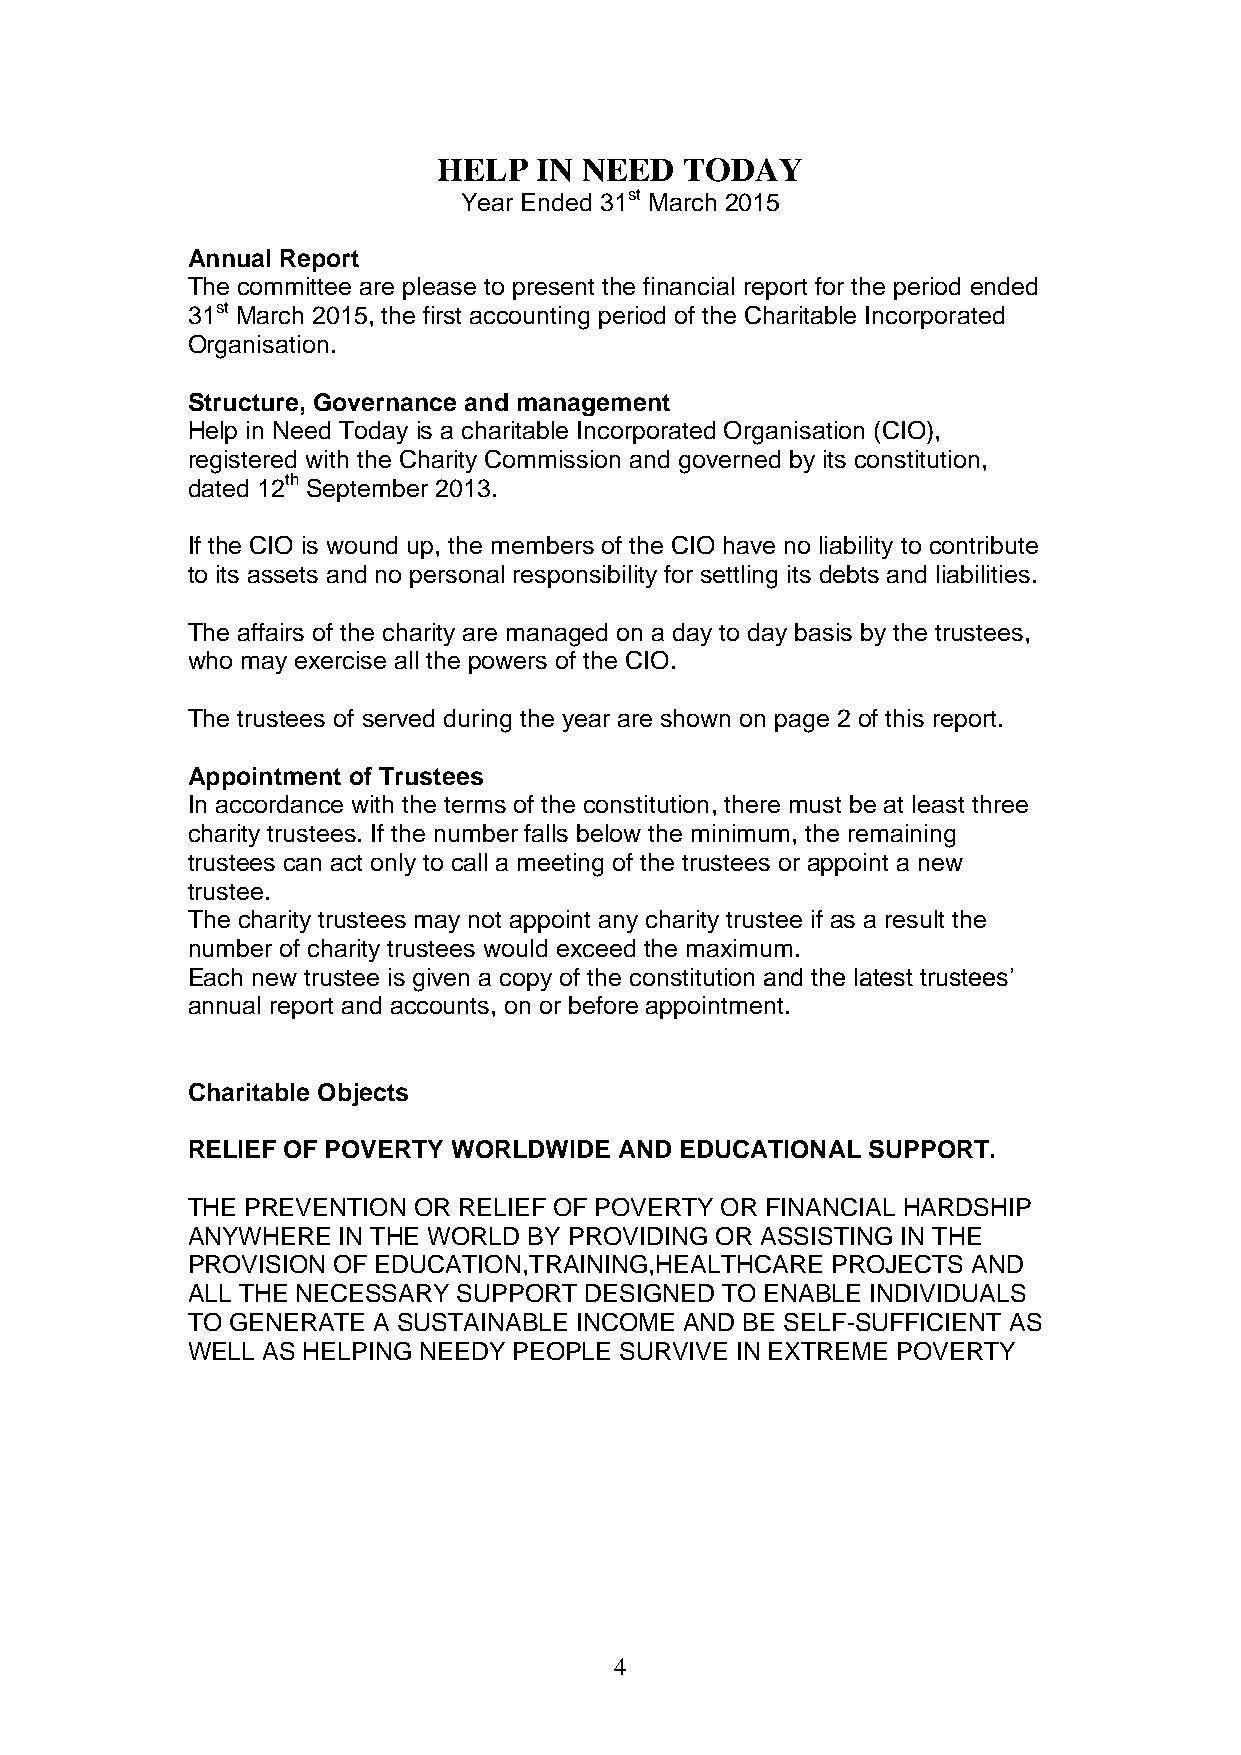
HELP  IN NEED   TODAY
 Year Ended 31st March 2015
 Annual Report
 The committee are please to present the financial report for the period ended
 31st March 2015, the first accounting period of the Charitable Incorporated
 Organisation.
 Structure, Governance and management
 Help in Need Today is a charitable Incorporated Organisation (CIO),
 registered with the Charity Commission and governed by its constitution,
 dated 12th September 2013.
 If the CIO is wound up, the members of the CIO have no liability to contribute
 to its assets and no personal responsibility for settling its debts and liabilities.
 The affairs of the charity are managed on a day to day basis by the trustees,
 who may exercise all the powers of the CIO.
 The trustees of served during the year are shown on page 2 of this report.
 Appointment of Trustees
 In accordance with the terms of the constitution, there must be at least three
 charity trustees. If the number falls below the minimum, the remaining
 trustees can act only to call a meeting of the trustees or appoint a new
 trustee.
 The charity trustees may not appoint any charity trustee if as a result the
 number of charity trustees would exceed the maximum.
 Each new trustee is given a copy of the constitution and the latest trustees’
 annual report and accounts, on or before appointment.
 Charitable Objects
 RELIEF OF POVERTY WORLDWIDE  AND EDUCATIONAL SUPPORT.
 THE PREVENTION OR RELIEF OF POVERTY OR FINANCIAL HARDSHIP
 ANYWHERE  IN THE WORLD BY PROVIDING OR ASSISTING IN THE
 PROVISION OF EDUCATION,TRAINING,HEALTHCARE PROJECTS AND
 ALL THE NECESSARY SUPPORT  DESIGNED TO ENABLE INDIVIDUALS
 TO GENERATE  A SUSTAINABLE INCOME AND BE SELF-SUFFICIENT AS
 WELL AS HELPING NEEDY PEOPLE SURVIVE IN EXTREME POVERTY
 4